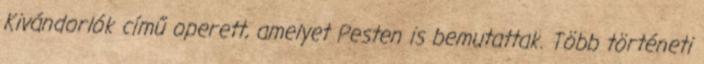
Kivándorlók című operett, amelyet Pesten is bemutattak. Több történeti